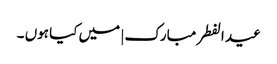
عید الفطر مبارک | میں کیا ہوں ۔